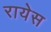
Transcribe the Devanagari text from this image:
रायेस